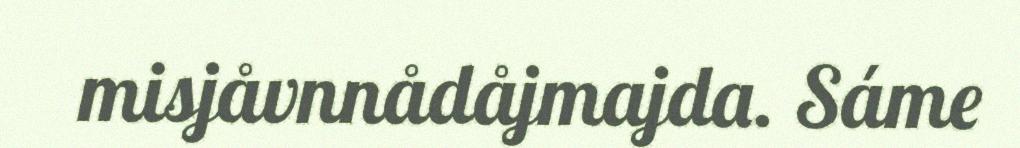
misjåvnnådåjmajda. Sáme